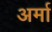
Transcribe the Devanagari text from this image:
अर्मा